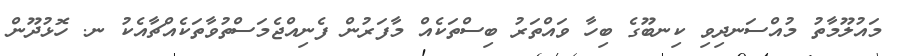
މައުލޫމާތު މުއްސަނދިވި ކިނބޫގެ ބިހާ ވައްތަރު ބިސްތަކެއް މާފަރުން ފެނިއްޖެމަސްތުވާތަކެއްޗާއެކު ނ. ހޮޅުދޫން